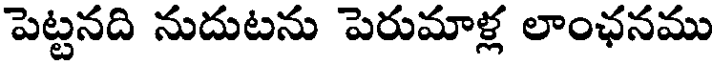
పెట్టనది నుదుటను పెరుమాళ్ల లాంఛనము